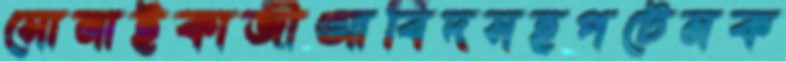
সোনাইকাজীআবিদসহপটেমক